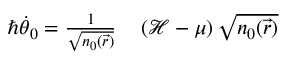
\begin{array} { r l } { \hbar \dot { \theta } _ { 0 } = \frac { 1 } { \sqrt { n _ { 0 } ( \vec { r } ) } } } & { { } \left( \mathcal { H } - \mu \right) \sqrt { n _ { 0 } ( \vec { r } ) } } \end{array}